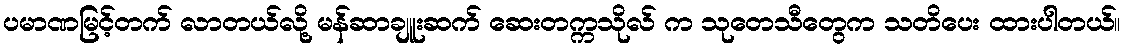
ပမာဏမြင့်တက် လာတယ်လို့ မန်ဆာချူးဆက် ဆေးတက္ကသိုလ် က သုတေသီတွေက သတိပေး ထားပါတယ်။